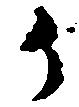
御